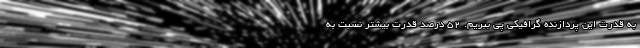
به قدرت این پردازنده گرافیکی پی ببریم. ۵۲ درصد قدرت بیشتر نسبت به